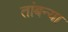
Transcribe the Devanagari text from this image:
तांबन्या